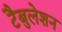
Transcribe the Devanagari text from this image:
टैबुलेशन